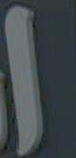
ا